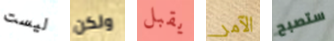
ليست ولكن يقبل الآمر ستصبح